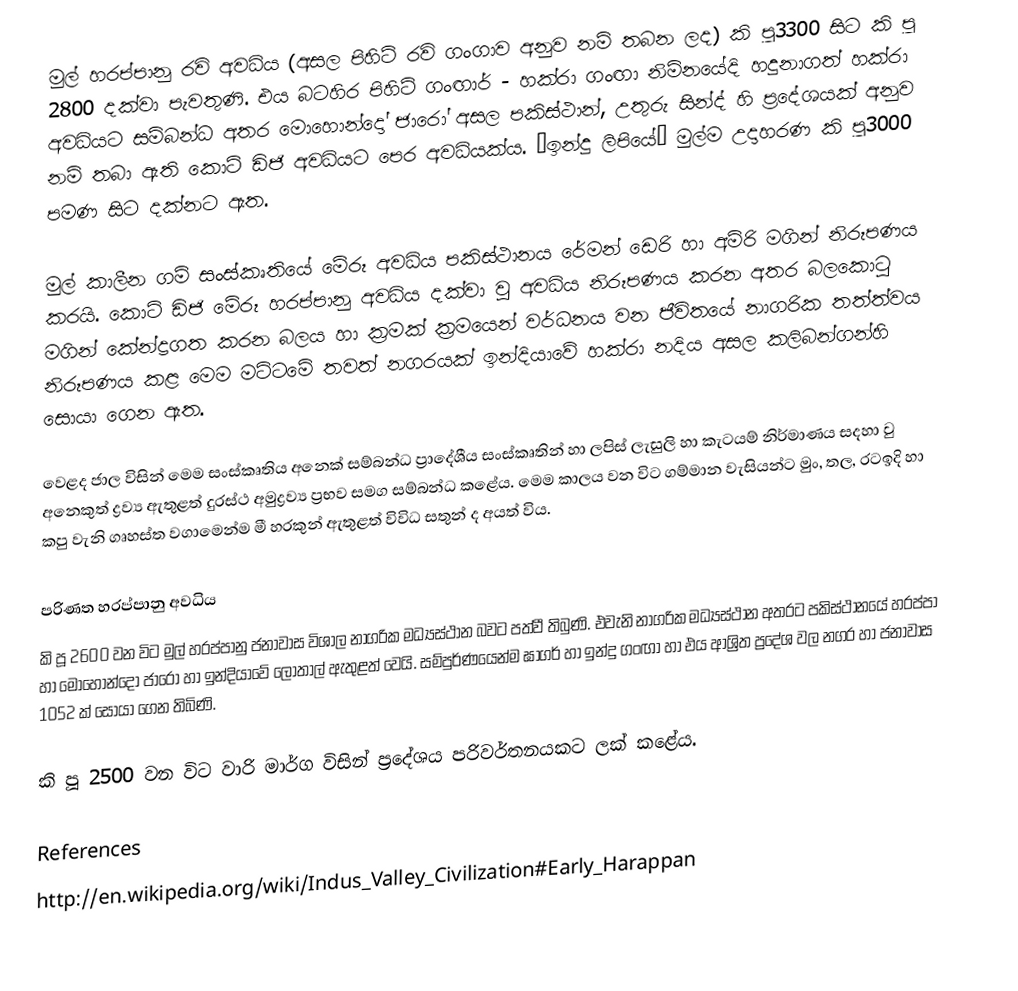
මුල් හරප්පානු  රවි අවධිය (අසල පිහිටි රවි ගංගාව අනුව නම් තබන ලද) කි පූ3300  සිට කි පූ 2800 දක්වා පැවතුණි. එය බටහිර පිහිටි ගංඟාර් - හක්රා ගංඟා නිම්නයේදි හදුනාගත් හක්රා අවධියට සම්බන්ධ අතර මොහොන්දෝ ජාරෝ අසල පකිස්ථාන්, උතුරු සින්ද් හි ප්‍රදේශයක් අනුව නම් තබා ඇති කොට් ඩිජි අවධියට පෙර අවධියක්ය. “ඉන්දු ලිපියේ” මුල්ම උදාහරණ කි පූ3000 පමණ සිට දක්න‍ට ඇත.

මුල් කාලීන ගම් සංස්කෘතියේ මේරූ අවධිය පකිස්ථානය රේමන් ඩෙරි හා අම්රි මගින් නිරූපණය කරයි. කොට් ඩිජි මේරූ හරප්පානු අවධිය දක්වා වු අවධිය නිරූපණය කරන අතර බලකොටු මගින් කේන්ද්‍රගත කරන බලය හා ක්‍රමක් ක්‍රමයෙන් වර්ධනය වන ජීවිතයේ නාගරික තත්ත්වය නිරූපණය කළ මෙම මට්ටමේ තවත් නගරයක් ඉන්දියාවේ හක්රා නදිය අසල කලිබන්ගන්හි සොයා ගෙන ඇත.

වෙළද ජාල විසින් මෙම සංස්කෘතිය අනෙක් සම්බන්ධ ප්‍රාදේශීය සංස්කෘතින් හා ලපිස් ලැසුලි හා කැටයම් නිර්මාණය සදහා වු අනෙකුත් ද්‍රව්‍ය ඇතුළත් දුරස්ථ අමුද්‍රව්‍ය ප්‍රභව සමග සම්බන්ධ කළේය. මෙම කාලය වන විට ගම්මාන වැසියන්ට මුං, තල, රටඉදි හා කපු වැනි ගෘහස්ත වගාමෙන්ම මී හරකුන් ඇතුළත් විවිධ සතුන් ද අයත් විය.

පරිණත හරප්පානු අවධිය
කි පූ 2600 වන විට මුල් හරප්පානු ජනාවාස විශාල නාගරික මධ්‍යස්ථාන බවට පත්වී තිබුණි. එවැනි නාගරික මධ්‍යස්ථාන අතරට පකිස්ථානයේ හරප්පා හා මොහොන්දෝ ජාරෝ හා ඉන්දියාවේ ලොතාල් ඇතුළත් වෙයි. සම්පුර්ණයෙන්ම ඝාගර් හා ඉන්දු ගංඟා හා එය ආශ්‍රිත ප්‍රදේශ වල නගර හා ජනාවාස 1052 ක් සොයා ගෙන තිබිණි.

කි පූ 2500 වන විට වාරි මාර්ග විසින් ප්‍රදේශය පරිවර්තනයකට ලක් කළේය.

References
http://en.wikipedia.org/wiki/Indus_Valley_Civilization#Early_Harappan